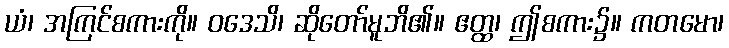
ယံ၊ အကြင်စကားကို။ ဝဒေသိ၊ ဆိုတော်မူဘိ၏။ ဧတ္ထ၊ ဤစကား၌။ ကတမော၊